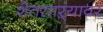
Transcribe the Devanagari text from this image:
शेतसाऱ्यावर